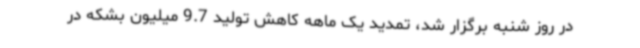
در روز شنبه برگزار شد، تمدید یک ماهه کاهش تولید 9.7 میلیون بشکه در